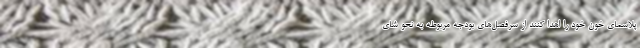
پلاسمای خون خود را اهدا کنند از سرفصل‌های بودجه مربوطه به نحو شای